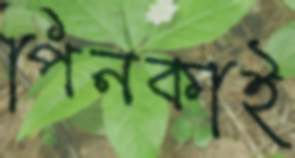
পিনকাই